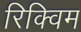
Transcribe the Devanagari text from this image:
रिक्विम